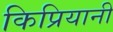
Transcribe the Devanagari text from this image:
किप्रियानी